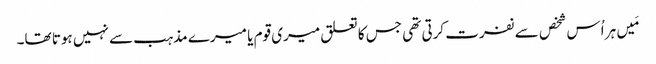
‏ مَیں ہر اُس شخص سے نفرت کرتی تھی جس کا تعلق میری قوم یا میرے مذہب سے نہیں ہوتا تھا۔